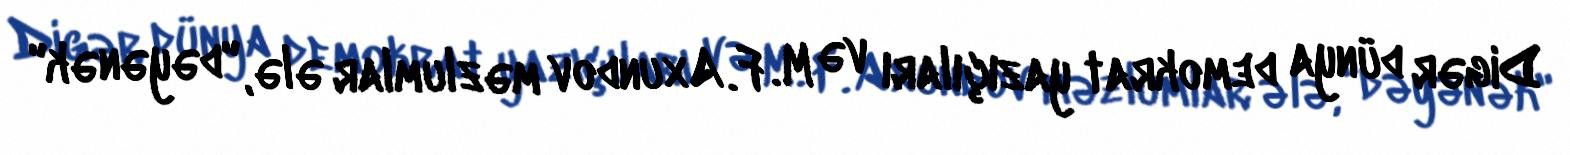
Digər dünya demokrat yazıçıları və M. F. Axundov məzlumlar ələ, "dəyənək"